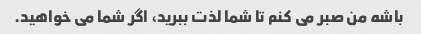
باشه من صبر می کنم تا شما لذت ببرید، اگر شما می خواهید.